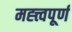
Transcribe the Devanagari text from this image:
मह्त्त्वपूर्ण